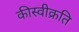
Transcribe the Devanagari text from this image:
कीस्वीक्रति